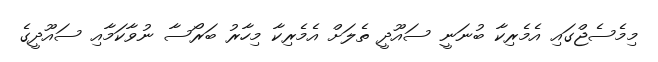
މިމެސެޖްގައި އެމެރިކާ ބުނަނީ ސައޫދީ ތެލަށް އެމެރިކާ މިހާރު ބަރޯސާ ނުވާކަމާއި ސައޫދީގެ